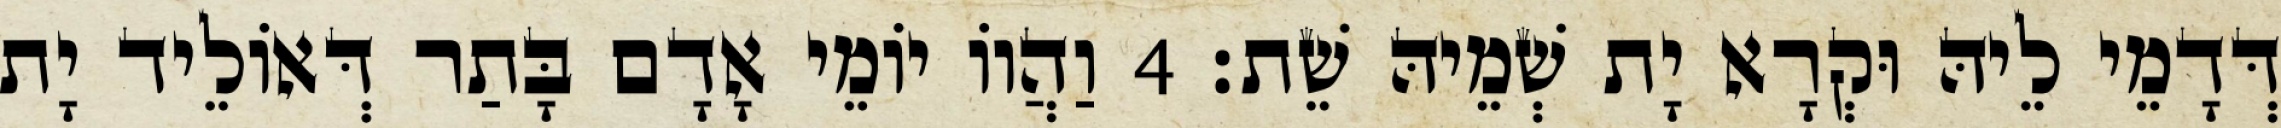
דְּדָמֵי לֵיהּ וּקְרָא יָת שְׁמֵיהּ שֵׁת׃ 4 וַהֲווֹ יוֹמֵי אָדָם בָּתַר דְּאוֹלֵיד יָת